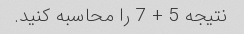
نتیجه 5 + 7 را محاسبه کنید.